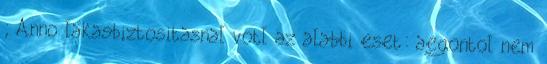
; Anno lakasbiztositasnal votl az alabbi eset: aegontol nem